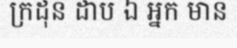
ក្រដុន ដាប ឯ អ្នក មាន